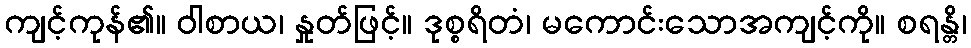
ကျင့်ကုန်၏။ ဝါစာယ၊ နှုတ်ဖြင့်။ ဒုစ္စရိတံ၊ မကောင်းသောအကျင့်ကို။ စရန္တိ၊